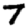
Digit: 7